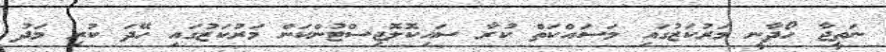
ނަތީޖާ ހޯދާނީ މަރުކަޒުގައި މަސައްކަތް ކުރާ ސައިކޮލޮޖިސްޓުންކަން މަރުކަޒުގައި ހޭދަ ކުރި މަދު